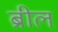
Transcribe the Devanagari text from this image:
ब्रील